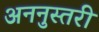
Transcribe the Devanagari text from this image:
अननुस्तरी